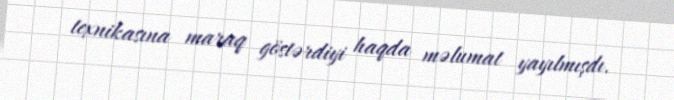
texnikasına maraq göstərdiyi haqda məlumat yayılmışdı.